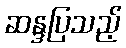
ဆန္ဒပြသည့်